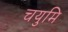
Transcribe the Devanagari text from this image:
चयुमि